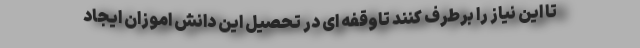
تا این نیاز را برطرف کنند تاوقفه ای در تحصیل این دانش اموزان ایجاد